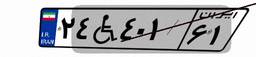
۲۴W۴۰۱۶۱